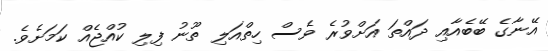
އޭނާގެ ބޭބެއާއި ދައްތަ އަށްވުރެ ވެސް ހިތްއަލި ތޫނު ފިލި ކުއްޖެއް ކަމަށެވެ.